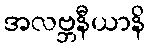
အလဗ္ဘနီယာနိ